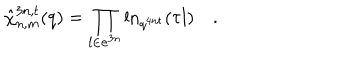
LaTeX: \hat { \chi } _ { n , m } ^ { 3 n , t } ( q ) = \prod _ { l \in { \bf e } ^ { 3 n } } \ln _ { q ^ { 4 n t } } ( \tau l ) \quad . \quad